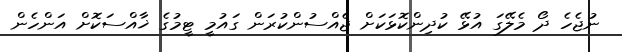
ނުޖެހެ ދޯ މެލޭގަ އުޅޭ ކުދިންކޮޅަކަށް ޖެއްސުންކުރަން ގައުމީ ޓީމުގެ ޚާއްސަކޮށް އަންހެން